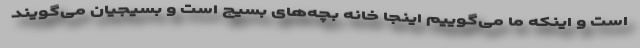
است و اینکه ما می‌گوییم اینجا خانه بچه‌های بسیج است و بسیجیان می‌گویند